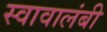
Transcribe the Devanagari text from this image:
स्वावालंबी